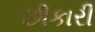
છીકારી